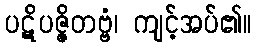
ပဋိပဇ္ဇိတဗ္ဗံ၊ ကျင့်အပ်၏။